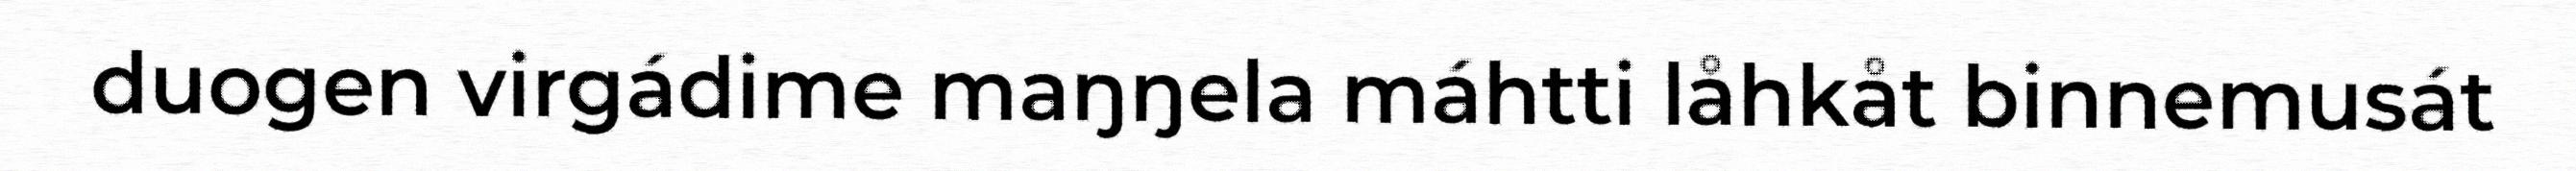
duogen virgádime maŋŋela máhtti låhkåt binnemusát